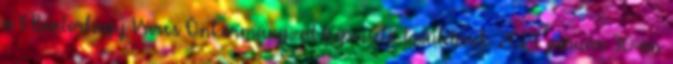
a t Biatorbágy Város Önkormányzat Képviselő-testületének 2014. január 30-án